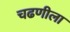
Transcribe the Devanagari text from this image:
चढणीला